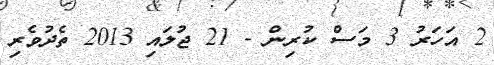
2 އަހަރު 3 މަސް ކުރިން - 21 ޖުލައި 2013 ތެދުވެރި